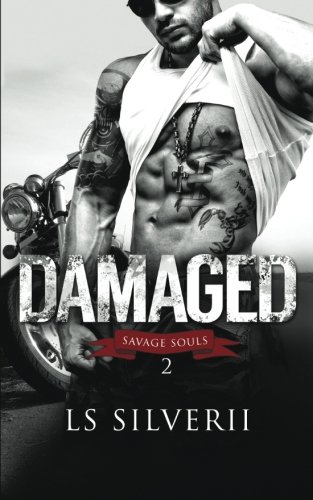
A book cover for Damaged (Savage Souls) (Volume 2); LS Silverii; Romance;